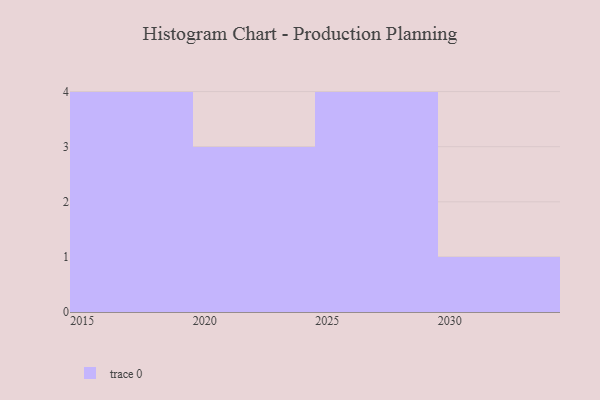
{"axis": {"x": "Year", "y": "Operating Costs (USD K)"}, "legend": [""], "data": [{"x": "2025", "y": 44, "type": ""}, {"x": "2018", "y": 51, "type": ""}, {"x": "2030", "y": 71, "type": ""}, {"x": "2015", "y": 79, "type": ""}, {"x": "2017", "y": 50, "type": ""}, {"x": "2023", "y": 12, "type": ""}, {"x": "2027", "y": 51, "type": ""}, {"x": "2029", "y": 76, "type": ""}, {"x": "2028", "y": 26, "type": ""}, {"x": "2024", "y": 92, "type": ""}, {"x": "2020", "y": 25, "type": ""}, {"x": "2016", "y": 45, "type": ""}]}